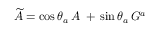
\widetilde { A } = \cos \theta _ { a } \, A \; + \, \sin \theta _ { a } \, G ^ { a } \;